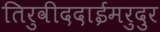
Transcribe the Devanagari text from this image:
तिरुवीददाईमरुदुर